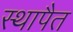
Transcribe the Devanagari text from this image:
स्थापैत